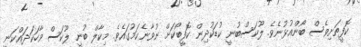
ކޮފީތަށިވެސް ބޯންއުޅުނެވެ. ލޫކަސްބުނީ ކުޑަކުދިން ކޮފީބޯކަށް ނުވާނެކަމުގައެވެ. މިކާލް ބުނީ ލޫކަސް ވާހަކަދައްކަނީ